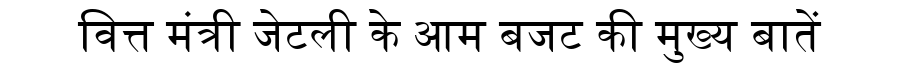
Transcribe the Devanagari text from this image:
वित्त मंत्री जेटली के आम बजट की मुख्य बातें